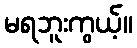
မရဘူးကွယ့်။